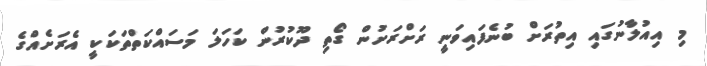
މި އިއުލާނުގައި އިތުރަށް ބުނެފައިވަނީ ރަށްރަށުން ގޯތި ދޫކުރުން ކަހަލަ މަސައްކަތްތަކަކީ އެރަށެއްގެ